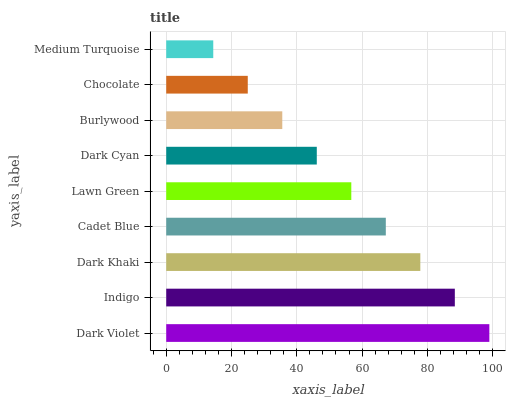
| yaxis_label | bars |
 | --- | --- |
 | Dark Violet | 99 |
 | Indigo | 88.4 |
 | Dark Khaki | 77.9 |
 | Cadet Blue | 67.3 |
 | Lawn Green | 56.7 |
 | Dark Cyan | 46.1 |
 | Burlywood | 35.6 |
 | Chocolate | 25 |
 | Medium Turquoise | 14.4 |